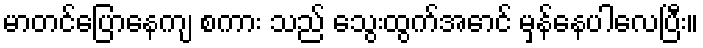
မာတင်ပြောနေကျ စကား သည် သွေးထွက်အောင် မှန်နေပါလေပြီး။